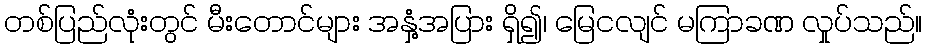
တစ်ပြည်လုံးတွင် မီးတောင်များ အနှံ့အပြား ရှိ၍၊ မြေငလျင် မကြာခဏ လှုပ်သည်။